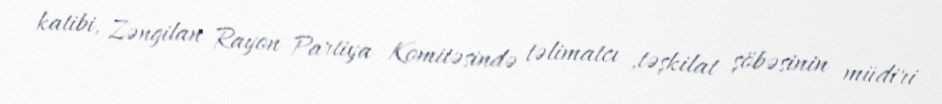
katibi, Zəngilan Rayon Partiya Komitəsində təlimatcı ,təşkilat şöbəsinin müdiri